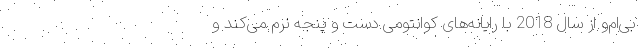
بی‌ام‌و از سال 2018 با رایانه‌های کوانتومی دست و پنجه نرم می‌کند و